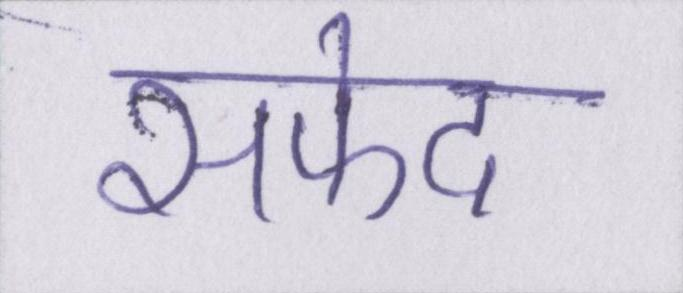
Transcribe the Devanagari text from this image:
सफेद